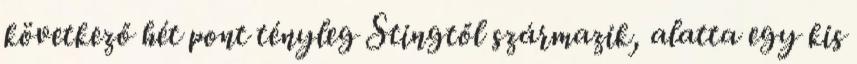
következő hét pont tényleg Stingtől származik, alatta egy kis